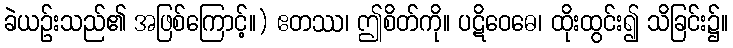
ခဲယဉ်းသည်၏ အဖြစ်ကြောင့်။) ဧတဿ၊ ဤစိတ်ကို။ ပဋိဝေဓေ၊ ထိုးထွင်း၍ သိခြင်း၌။